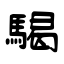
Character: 騔